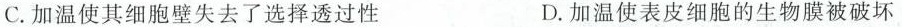
C.加温使其细胞壁失去了选择透过性 D.加温使表皮细胞的生物膜被破坏